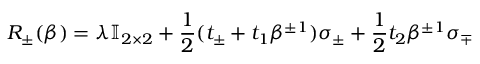
R _ { \pm } ( \beta ) = \lambda \mathbb { I } _ { 2 \times 2 } + \frac { 1 } { 2 } ( t _ { \pm } + t _ { 1 } \beta ^ { \pm 1 } ) \sigma _ { \pm } + \frac { 1 } { 2 } t _ { 2 } \beta ^ { \pm 1 } \sigma _ { \mp }